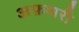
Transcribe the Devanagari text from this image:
अफ़शरी